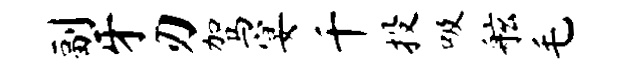
副牙刃驾宴千投吸舷毛